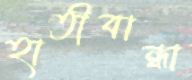
হাতীবান্ধা